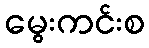
မွေးကင်းစ